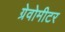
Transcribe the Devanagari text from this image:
ग्रेवोमीटर